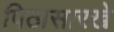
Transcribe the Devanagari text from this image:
पिठासारखे